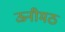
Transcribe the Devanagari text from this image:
ऊनीमठ